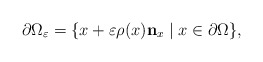
\begin{align*}\partial \Omega_\varepsilon=\{x+\varepsilon\rho(x)\mathbf{n}_x \mid x\in \partial \Omega\},\end{align*}